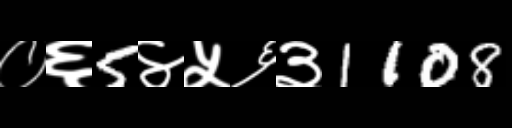
Text: ०६5४५६३1108